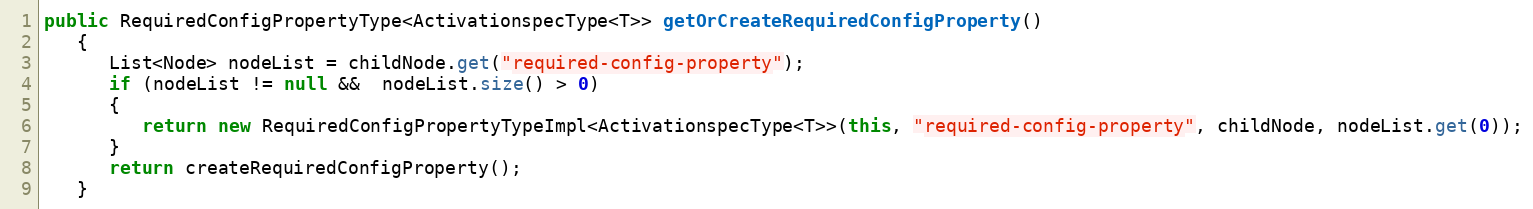
Language: Java
public RequiredConfigPropertyType<ActivationspecType<T>> getOrCreateRequiredConfigProperty()
   {
      List<Node> nodeList = childNode.get("required-config-property");
      if (nodeList != null &&  nodeList.size() > 0)
      {
         return new RequiredConfigPropertyTypeImpl<ActivationspecType<T>>(this, "required-config-property", childNode, nodeList.get(0));
      }
      return createRequiredConfigProperty();
   }